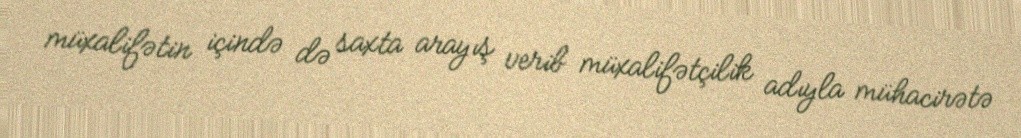
müxalifətin içində də saxta arayış verib müxalifətçilik adıyla mühacirətə